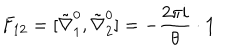
F _ { 1 2 } = [ \tilde { \nabla } _ { 1 } ^ { 0 } , \tilde { \nabla } _ { 2 } ^ { 0 } ] = - \frac { 2 \pi i } { \theta } \cdot { \bf 1 }